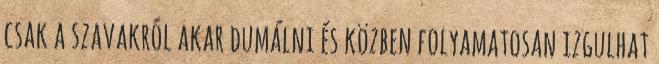
csak a szavakról akar dumálni és közben folyamatosan izgulhat